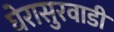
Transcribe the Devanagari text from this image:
घेरासुरवाडी